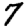
Digit: 7